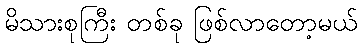
မိသားစုကြီး တစ်ခု ဖြစ်လာတော့မယ်